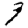
Digit: 9